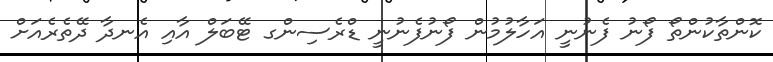
ކޮންތާކުންތޯ ފޯނު ފެނުނީ އަހާލުމުން ފޯނުފެނުނީ ޑްރެސިންގ ޓޭބަލް އާއި އެނދާ ދޭތެރެއަށް